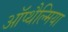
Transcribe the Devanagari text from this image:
ऑप्‍थैल्मिया